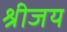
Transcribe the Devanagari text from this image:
श्रीजय